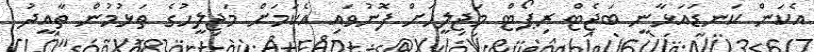
އެކަން ކަނޑައަޅާނީ ބަޖެޓް ރިޕޯޓް މަޖިލީހަށް ފޮނުވައި އެކަމަށް މަޖިލީހުގެ ތަޅުމުން ތާއީދު